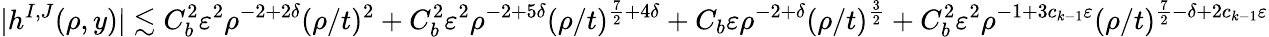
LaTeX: |h^{I,J}(\rho,y)|\lesssim C_{b}^{2}\varepsilon^{2}\rho^{-2+2\delta}(\rho/t)^{2}+C_{b}^{2}\varepsilon^{2}\rho^{-2+5\delta}(\rho/t)^{\frac 72+4\delta}+C_{b}\varepsilon\rho^{-2+\delta}(\rho/t)^{\frac 32}+C_{b}^{2}\varepsilon^{2}\rho^{-1+3c_{k-1}\varepsilon}(\rho/t)^{\frac 72-\delta+2c_{k-1}\varepsilon}